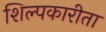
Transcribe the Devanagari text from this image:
शिल्पकारीता